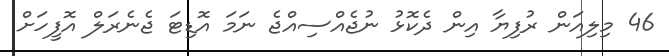
46 މިލިއަން ރުފިޔާ އިން ދެކޮޅު ނުޖެއްސިއްޖެ ނަމަ އޮޑިޓަ ޖެނެރަލް އޮފީހަށް